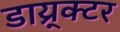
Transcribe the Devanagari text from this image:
डाय्र्क्टर